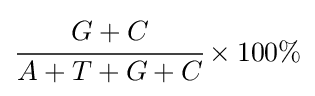
{\cfrac {G+C}{A+T+G+C}}\times 100\%